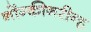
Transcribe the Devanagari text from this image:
नोंग्कीनरीन्ह